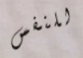
للنفس